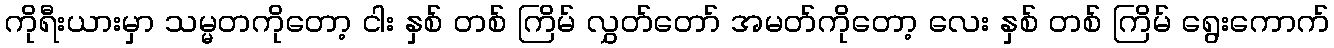
ကိုရီးယားမှာ သမ္မတကိုတော့ ငါး နှစ် တစ် ကြိမ် လွှတ်တော် အမတ်ကိုတော့ လေး နှစ် တစ် ကြိမ် ရွေးကောက်